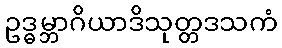
ဥဒ္ဓမ္ဘာဂိယာဒိသုတ္တဒသကံ